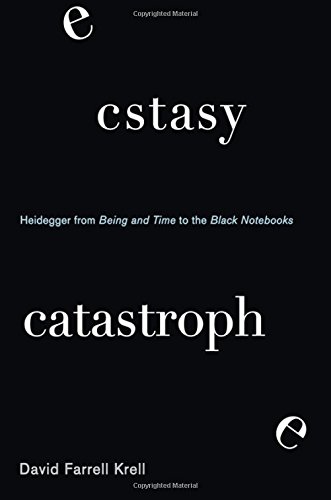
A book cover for Ecstasy, Catastrophe: Heidegger from Being and Time to the Black Notebooks (Suny Series in Contemporary Continental Philosophy (Hardcove); David Farrell Krell; Politics & Social Sciences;